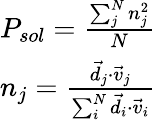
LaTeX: \begin{array}{r}{P_{sol}=\frac{\sum_{j}^{N}n_{j}^{2}}{N}}\\ {n_{j}=\frac{\vec{d}_{j}\cdot\vec{v}_{j}}{\sum_{i}^{N}\vec{d}_{i}\cdot\vec{v}_{i}}}\end{array}